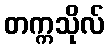
တက္ကသိုလ်